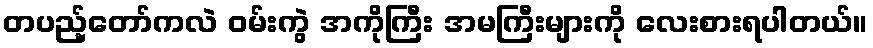
တပည့်တော်ကလဲ ဝမ်းကွဲ အကိုကြီး အမကြီးများကို လေးစားရပါတယ်။